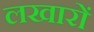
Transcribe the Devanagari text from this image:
लखारों